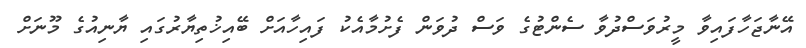
އޭނާޖަހާފައިވާ މީރުވަސްދުވާ ސެންޓުގެ ވަސް ދުވަން ފެށުމާއެކު ފައިހާއަށް ބޭއިޚުތިޔާރުގައި ޔާނިއުގެ މޫނަށް